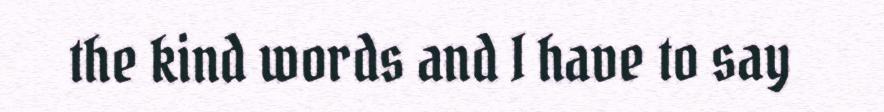
the kind words and I have to say